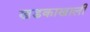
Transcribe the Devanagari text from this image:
खडकाखाली